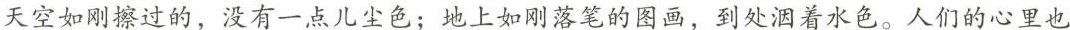
\underline{天空如刚擦过的，没有一点儿尘色；地上如刚落笔的图画，到处洇着水色。人们的心里也}